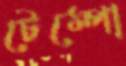
টেম্পো